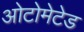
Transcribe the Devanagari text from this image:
ओटोमेटेड